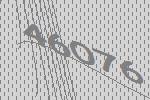
46076